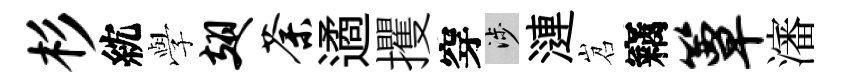
杉紞𫝯翅荼遹攫穿涉漣岧竊簟瀋